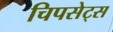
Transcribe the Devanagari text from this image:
चिपसेट्स